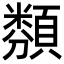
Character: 𩔫